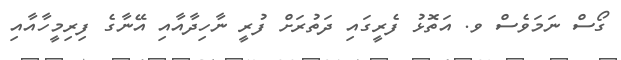
ގޯސް ނަމަވެސް ވ. އަތޮޅު ފެރީގައި ދަތުރަށް ފުރީ ނާހިދާއާއި އޭނާގެ ފިރިމީހާއާއި